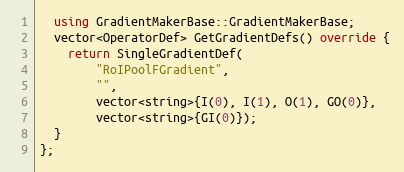
Language: C++
  using GradientMakerBase::GradientMakerBase;
  vector<OperatorDef> GetGradientDefs() override {
    return SingleGradientDef(
        "RoIPoolFGradient",
        "",
        vector<string>{I(0), I(1), O(1), GO(0)},
        vector<string>{GI(0)});
  }
};